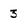
Character: 3